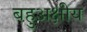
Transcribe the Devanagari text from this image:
बहुअक्षीय